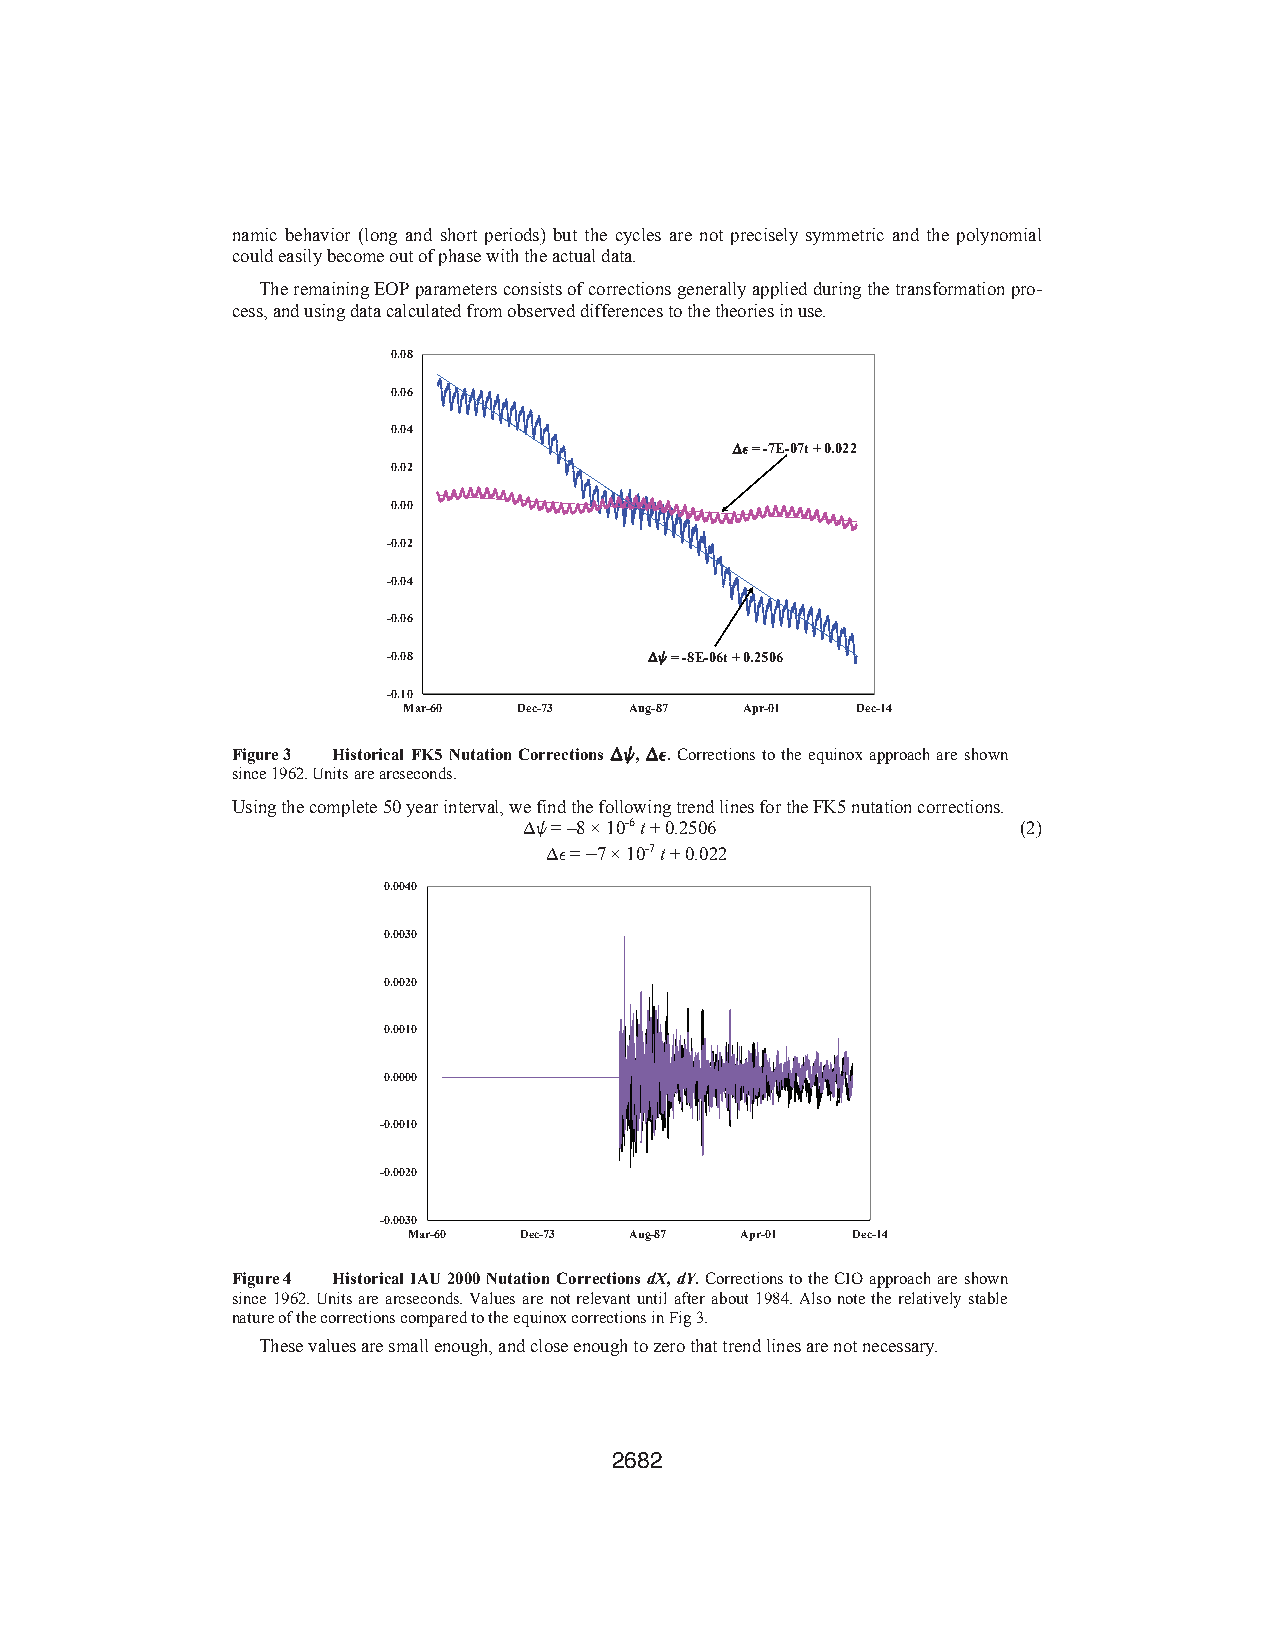
namic behavior (long and short periods) but the cycles are not precisely symmetric and the polynomial
 could easily become out of phase with the actual data.
 The remaining EOP parameters consists of corrections generally applied during the transformation pro-
 cess, and using data calculated from observed differences to the theories in use.
 0.08
 0.06
 0.04
 De= -7E-07t + 0.022
 0.02
 0.00
 -0.02
 -0.04
 -0.06
 -0.08            Dw= -8E-06t + 0.2506
 -0.10
 Mar-60 Dec-73  Aug-87 Apr-01  Dec-14
 Figure 3 Historical FK5 Nutation Corrections Dw,De. Corrections to the equinox approach are shown
 since 1962. Units are arcseconds.
 Using the complete 50 year interval, we find the following trend lines for the FK5 nutation corrections.
 Dw = –8 × 10-6 t + 0.2506        (2)
 De = –7 × 10-7 t + 0.022
 0.0040
 0.0030
 0.0020
 0.0010
 0.0000
 -0.0010
 -0.0020
 -0.0030
 Mar-60 Dec-73  Aug-87 Apr-01 Dec-14
 Figure 4 Historical IAU 2000 Nutation Corrections dX,dY.Corrections to the CIO approach are shown
 since 1962. Units are arcseconds. Values are not relevant until after about 1984. Also note the relatively stable
 nature of the corrections compared to the equinox corrections in Fig 3.
 These values are small enough, and close enough to zero that trend lines are not necessary.
 2682